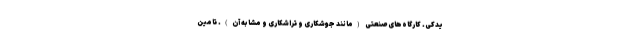
یدکی. کارگاه‌های صنعتی (مانند جوشکاری و تراشکاری و مشابه آن). تامین